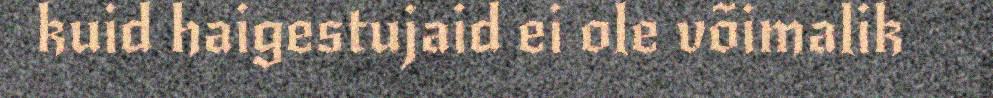
kuid haigestujaid ei ole võimalik